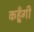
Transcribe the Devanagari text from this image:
कहूँगी